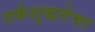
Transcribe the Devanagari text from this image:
तर्कशुद्धतेचा